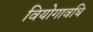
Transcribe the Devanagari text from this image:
वियोगावधि